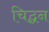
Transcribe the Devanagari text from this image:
चिद्घन